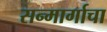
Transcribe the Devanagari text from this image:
सन्मार्गाचा